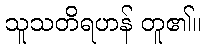
သူသတိရဟန် တူ၏။